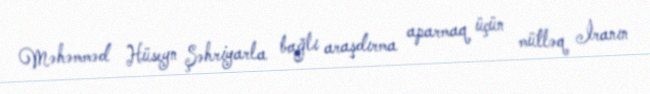
Məhəmməd Hüseyn Şəhriyarla bağlı araşdırma aparmaq üçün mütləq İranın